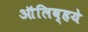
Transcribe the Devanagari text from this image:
ऑलिव्हये